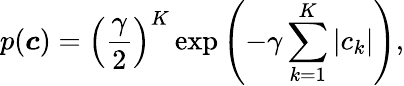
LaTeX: p({\boldsymbol{c}})=\left(\frac{\gamma}{2}\right)^{K}\exp\left(-\gamma\sum_{k=1}^{K}|c_{k}|\right),